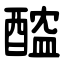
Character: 醓